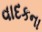
વાદકના